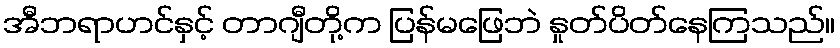
အီဘရာဟင်နှင့် တာဂျီတို့က ပြန်မဖြေဘဲ နှုတ်ပိတ်နေကြသည်။